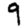
Digit: 9